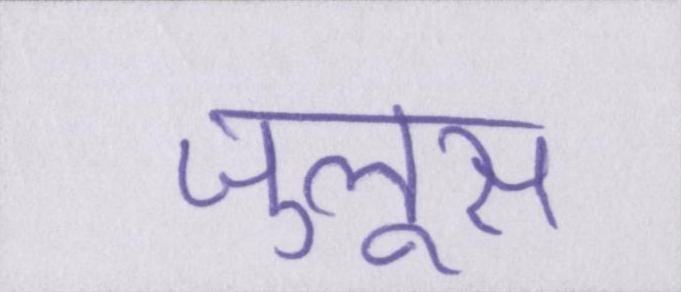
जुलूस